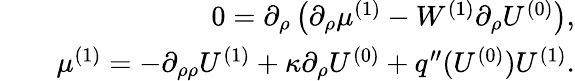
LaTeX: \begin{array}{rlr}&{}&{0=\partial_{\rho}\left(\partial_{\rho}\mu^{(1)}-W^{(1)}\partial_{\rho}U^{(0)}\right),}\\ &{}&{\mu^{(1)}=-\partial_{\rho\rho}U^{(1)}+\kappa\partial_{\rho}U^{(0)}+q^{\prime\prime}(U^{(0)})U^{(1)}.}\end{array}